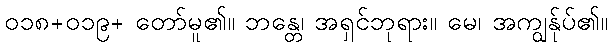
၀၁၈+၀၁၉+ တော်မူ၏။ ဘန္တေ၊ အရှင်ဘုရား။ မေ၊ အကျွန်ုပ်၏။